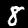
Digit: 8